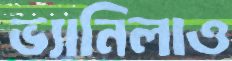
ভ্যানিলাও